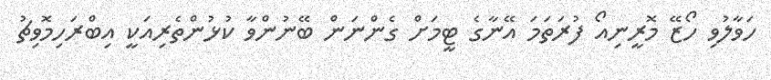
ހަވާލުވި ހޯޒޭ މޮރީނިއޯ ފުރަތަމަ އޭނާގެ ޓީމަށް ގެންނަން ބޭނުންވާ ކުޅުންތެރިއަކީ އިބްރަހިމޮވިޗު